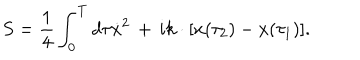
LaTeX: S = { \frac { 1 } { 4 } } \int _ { 0 } ^ { T } d \tau \dot { x } ^ { 2 } \, + \, i k \cdot [ x ( \tau _ { 2 } ) - x ( \tau _ { 1 } ) ] .